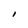
Character: I